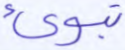
تبوئ